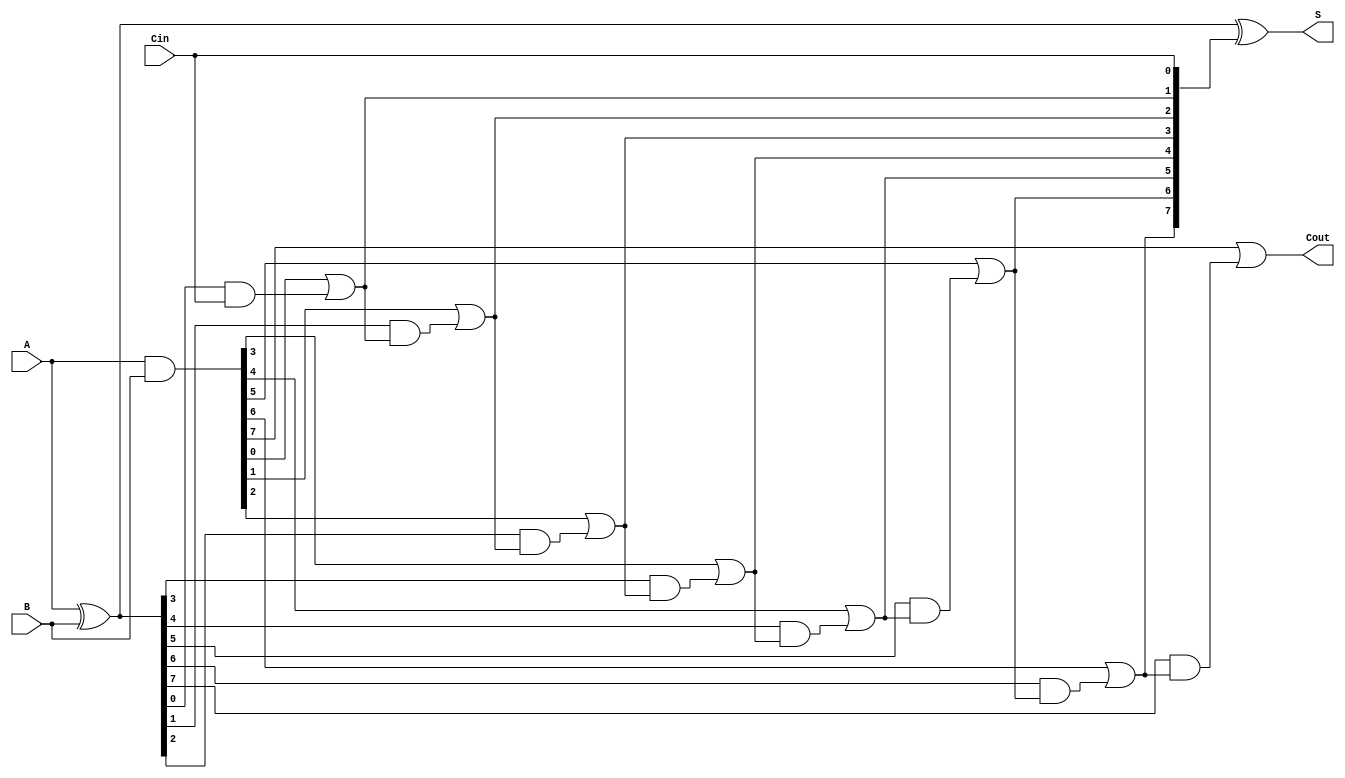
module LingAdder #(parameter n = 8) (
    input wire [n-1:0] A,   // First input operand
    input wire [n-1:0] B,   // Second input operand
    input wire Cin,         // Carry-in
    output wire [n-1:0] S,  // Sum output
    output wire Cout        // Carry-out
);

    // Generate and propagate signals
    wire [n-1:0] G; // Generate signals
    wire [n-1:0] P; // Propagate signals
    wire [n:0] C;   // Carry signals (C[0] is the initial carry input)

    // Carry signals array
    assign C[0] = Cin; // Initial carry input, corresponds to Cin

    // Generate (G) and Propagate (P) for each bit
    assign G = A & B;      // G[i] = A[i] & B[i]
    assign P = A ^ B;      // P[i] = A[i] ^ B[i]

    // Carry generation
    genvar i;
    generate
        for (i = 0; i < n; i = i + 1) begin : carry_gen
            assign C[i+1] = G[i] | (P[i] & C[i]); // C[i+1] = G[i] + (P[i] * C[i])
        end
    endgenerate

    // Sum calculation
    assign S = P ^ C[n-1:0]; // S[i] = P[i] ^ C[i]
    assign Cout = C[n];     // Final carry-out

endmodule